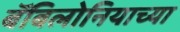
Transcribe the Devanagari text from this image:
बॅबिलोनियाच्या